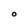
Character: O